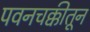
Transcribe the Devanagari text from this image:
पवनचक्कीतून